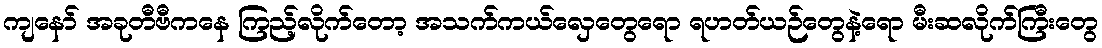
ကျနော် အခုတီဗီကနေ ကြည့်လိုက်တော့ အသက်ကယ်လှေတွေရော ရဟတ်ယဉ်တွေနဲ့ရော မီးဆလိုက်ကြီးတွေ